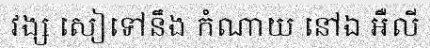
វង្ស សៀទៅនឹង កំណាយ នៅឯ អឺលី